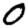
Digit: 0